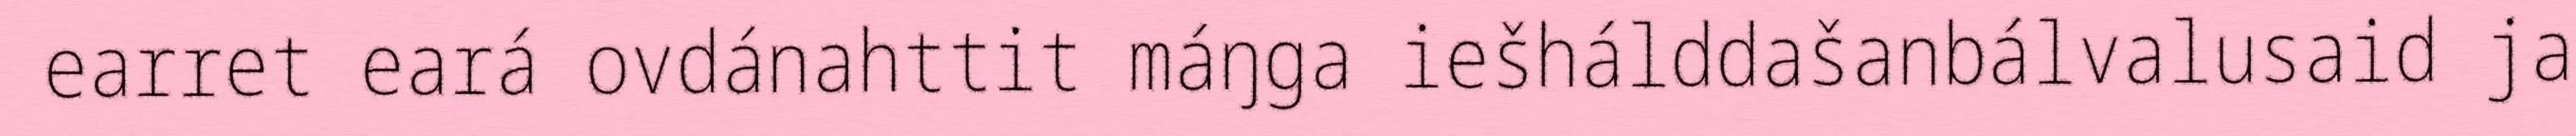
earret eará ovdánahttit máŋga iešhálddašanbálvalusaid ja